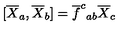
[ \overline { { X } } _ { a } , \overline { { X } } _ { b } ] = \overline { { f } } ^ { c } { } _ { a b } \overline { { X } } _ { c }